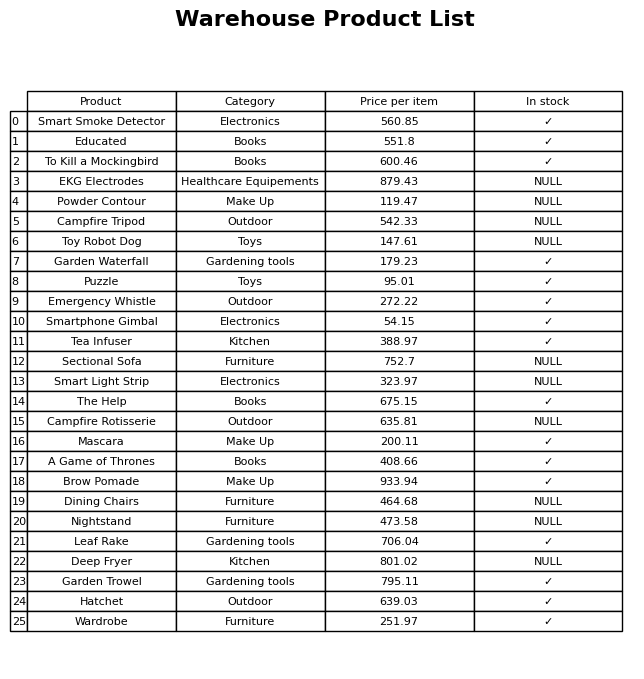
question: What is the price of the Nightstand?
answer: The price of Nightstand is 473.58.